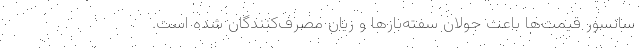
سانسور قیمت‌ها باعث جولان سفته‌بازها و زیان مصرف‌کنندگان شده است.